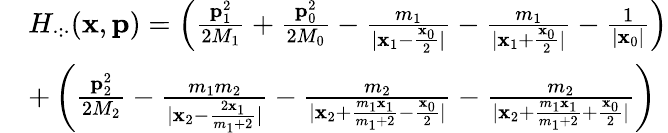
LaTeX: \begin{array}{rl}&{H_{\cdot:\cdot}(\mathbf{x},\mathbf{p})=\left(\frac{\mathbf{p}_{1}^{2}}{2M_{1}}+\frac{\mathbf{p}_{0}^{2}}{2M_{0}}-\frac{m_{1}}{|\mathbf{x}_{1}-\frac{\mathbf{x}_{0}}{2}|}-\frac{m_{1}}{|\mathbf{x}_{1}+\frac{\mathbf{x}_{0}}{2}|}-\frac{1}{|\mathbf{x}_{0}|}\right)}\\ &{+\left(\frac{\mathbf{p}_{2}^{2}}{2M_{2}}-\frac{m_{1}m_{2}}{|\mathbf{x}_{2}-\frac{2\mathbf{x}_{1}}{m_{1}+2}|}-\frac{m_{2}}{|\mathbf{x}_{2}+\frac{m_{1}\mathbf{x}_{1}}{m_{1}+2}-\frac{\mathbf{x}_{0}}{2}|}-\frac{m_{2}}{|\mathbf{x}_{2}+\frac{m_{1}\mathbf{x}_{1}}{m_{1}+2}+\frac{\mathbf{x}_{0}}{2}|}\right)}\end{array}